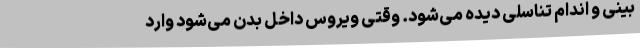
بینی و اندام تناسلی دیده می‌شود. وقتی ویروس داخل بدن می‌شود وارد